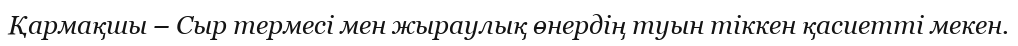
Қармақшы – Сыр термесі мен жыраулық өнердің туын тіккен қасиетті мекен.